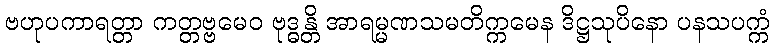
ဗဟုပကာရတ္တာ ကတ္တဗ္ဗမေဝ ဗုဒ္ဓန္တိ အာရမ္မဏသမတိက္ကမေန ဒိဋ္ဌသုပိနော ပနသပက္ကံ